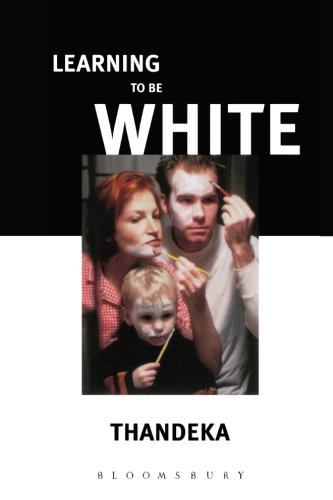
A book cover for Learning to Be White: Money, Race and God in America; Thandeka; Religion & Spirituality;